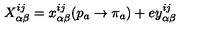
X _ { \alpha \beta } ^ { i j } = x _ { \alpha \beta } ^ { i j } ( p _ { a } \rightarrow \pi _ { a } ) + e y _ { \alpha \beta } ^ { i j }